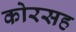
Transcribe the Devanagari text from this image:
कोरसह